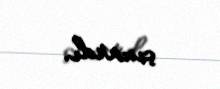
çıxardı.